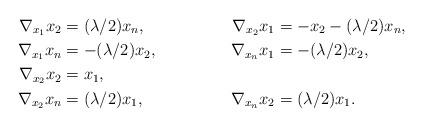
LaTeX: \begin{align*} \nabla_{x_1} x_2 &= (\lambda / 2) x_n , & \nabla_{x_2} x_1 &= - x_2 - (\lambda / 2) x_n , \\ \nabla_{x_1} x_n &= - (\lambda / 2) x_2 , & \nabla_{x_n} x_1 &= - (\lambda / 2) x_2 , \\\nabla_{x_2} x_2 &= x_1 , & & \\\nabla_{x_2} x_n &= (\lambda / 2) x_1 , & \nabla_{x_n} x_2 &= (\lambda / 2) x_1 . \end{align*}